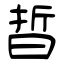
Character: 晢